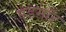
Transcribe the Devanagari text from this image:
एडमॉट